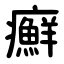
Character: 癬